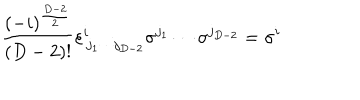
LaTeX: \frac { ( - i ) ^ { \frac { D - 2 } { 2 } } } { ( D - 2 ) ! } \varepsilon _ { \, j _ { 1 } \cdots j _ { D - 2 } } ^ { i } \sigma ^ { j _ { 1 } } \cdots \sigma ^ { j _ { D - 2 } } = \sigma ^ { i }